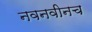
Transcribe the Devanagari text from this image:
नवनवीनच